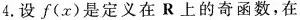
4.设f(x)是定义在R上的奇函数，在